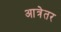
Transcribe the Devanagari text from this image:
आत्रेतर